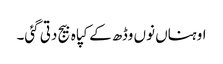
اوہناں نوں وڈھ کے کپاہ بیج دتی گئی۔